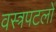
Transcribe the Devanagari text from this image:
वस्त्रपटलों